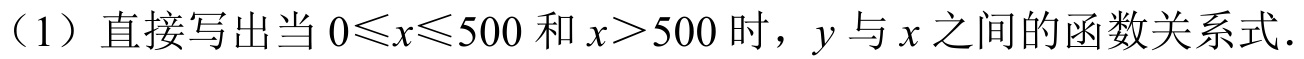
（1）直接写出当\(0\leqslant x\leqslant500\)和\(x > 500\)时，\(y\)与\(x\)之间的函数关系式．